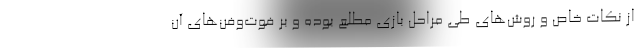
از نکات خاص و روش‌های طی مراحل بازی مطلع بوده و بر فوت‌وفن‌های آن